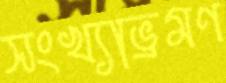
সংখ্যাভ্রমণ